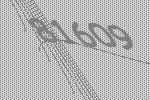
81609